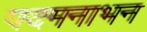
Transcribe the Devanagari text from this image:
पदमनाभन